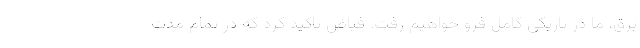
برق، ما در تاریکی کامل فرو خواهیم رفت. فیاض تاکید کرد که در تمام مدت